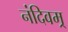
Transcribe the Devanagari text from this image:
नंदिवम्र्